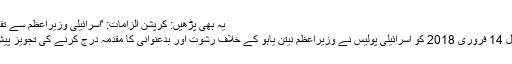
یہ بھی پڑھیں: کرپشن الزامات: 'اسرائیلی وزیراعظم سے تفتیش ہوگی'
اس سے قبل 14 فروری 2018 کو اسرائیلی پولیس نے وزیراعظم نیتن یاہو کے خلاف رشوت اور بدعنوانی کا مقدمہ درج کرنے کی تجویز پیش کی تھی۔